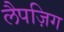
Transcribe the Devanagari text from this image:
लैपज़िग